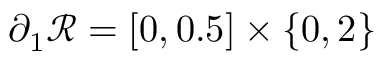
\partial _ { 1 } \mathscr { R } = [ 0 , 0 . 5 ] \times \{ 0 , 2 \}